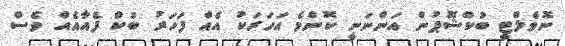
ނޮވެލްޓީ ބުކްޝޮޕުން އަންނަނީ ކޮންމެ އަހަރަކު އެއް ފަހަރު ބުކް ފެއާއެއް ވެސް